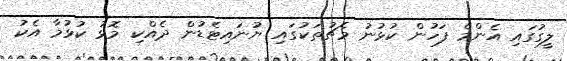
ލީގުގައި އެންމެ ފަހުން ކުޅުނު މެޗުތަކުގައި ޔުނައިޓެޑުން ދެއްކި މޮޅު ކުޅުމާ އެކު